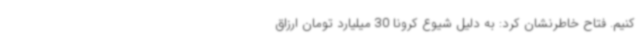
کنیم. فتاح خاطرنشان کرد: به دلیل شیوع کرونا 30 میلیارد تومان ارزاق